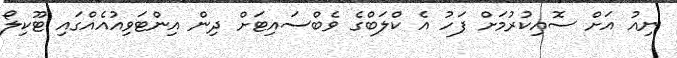
ނިއު އަށް ސޮއިކުރުމަށް ފަހު އެ ކްލަބްގެ ވެބްސައިޓަށް ދިން އިންޓަވިއުއެއްގައި ޓޫކިލޯ